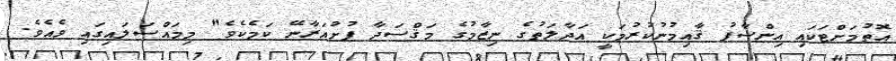
އޮތުމަށްޓަކައި އިންސާފު ޤާއިމުނުކުރުމަކީ އަދާލަތުގެ ނިޒާމުގެ މަޤްސަދާ ފުށުއަރާނޭ ކަމެކެވެ" މިމައްސަލައިގައި ވެއެވެ.